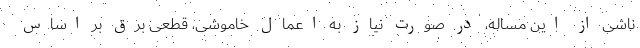
ناشی از این مساله، در صورت نیاز به اعمال خاموشی، قطعی برق بر اساس